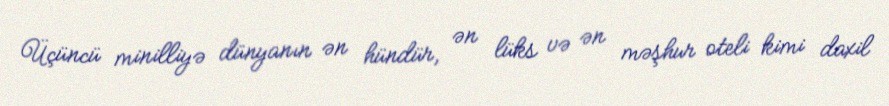
Üçüncü minilliyə dünyanın ən hündür, ən lüks və ən məşhur oteli kimi daxil